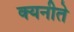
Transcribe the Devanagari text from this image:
क्यनीते